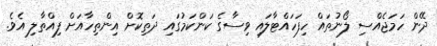
ދޭން ހަމަޖެއްސި ލޯނުތައް ހިފަހައްޓާލައި ވިސާގެ ކަންކަމުގައި ދަތިކޮށް އިންތިހާއަށް ފިއްތާލި އެވެ.